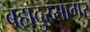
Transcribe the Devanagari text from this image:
बहादुरसागर